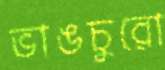
ভাঙচুরো